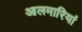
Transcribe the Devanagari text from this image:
आलमारियां